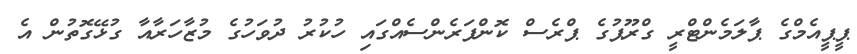
ޕީޕީއެމްގެ ޕާލަމެންޓްރީ ގްރޫޕުގެ ޕްރެސް ކޮންފަރެންސެއްގައި ހުކުރު ދުވަހުގެ މުޒާހަރާއާ ގުޅޭގޮތުން އެ